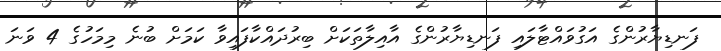
ފަނޑިޔާރުންގެ އަގުވައްޓާލައި ފަނޑިޔާރުންގެ އާއިލާތަކަށް ބިރުދައްކާފައިވާ ކަމަށް ބުނެ މިމަހުގެ 4 ވަނަ